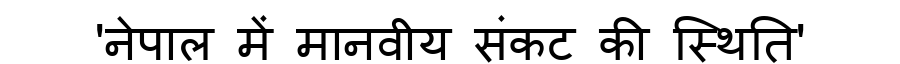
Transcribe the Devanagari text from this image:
'नेपाल में मानवीय संकट की स्थिति'